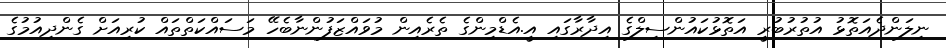
ނިލަންދެއަތޮޅު އުތުރުބުރީ އަތޮޅުކައުންސިލްގެ އިދާރާގައި އީ.އެޑްމިންގެ ތެރެއިން މުވައްޒަފުންނާބެހޭ މަސައްކަތްތައް ކުރިއަށް ގެންދިއުމުގެ